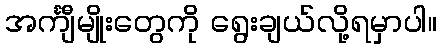
အင်္ကျီမျိုးတွေကို ရွေးချယ်လို့ရမှာပါ။